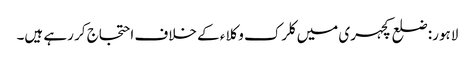
لاہور: ضلع کچہری میں کلرک وکلاء کے خلاف احتجاج کر رہے ہیں۔